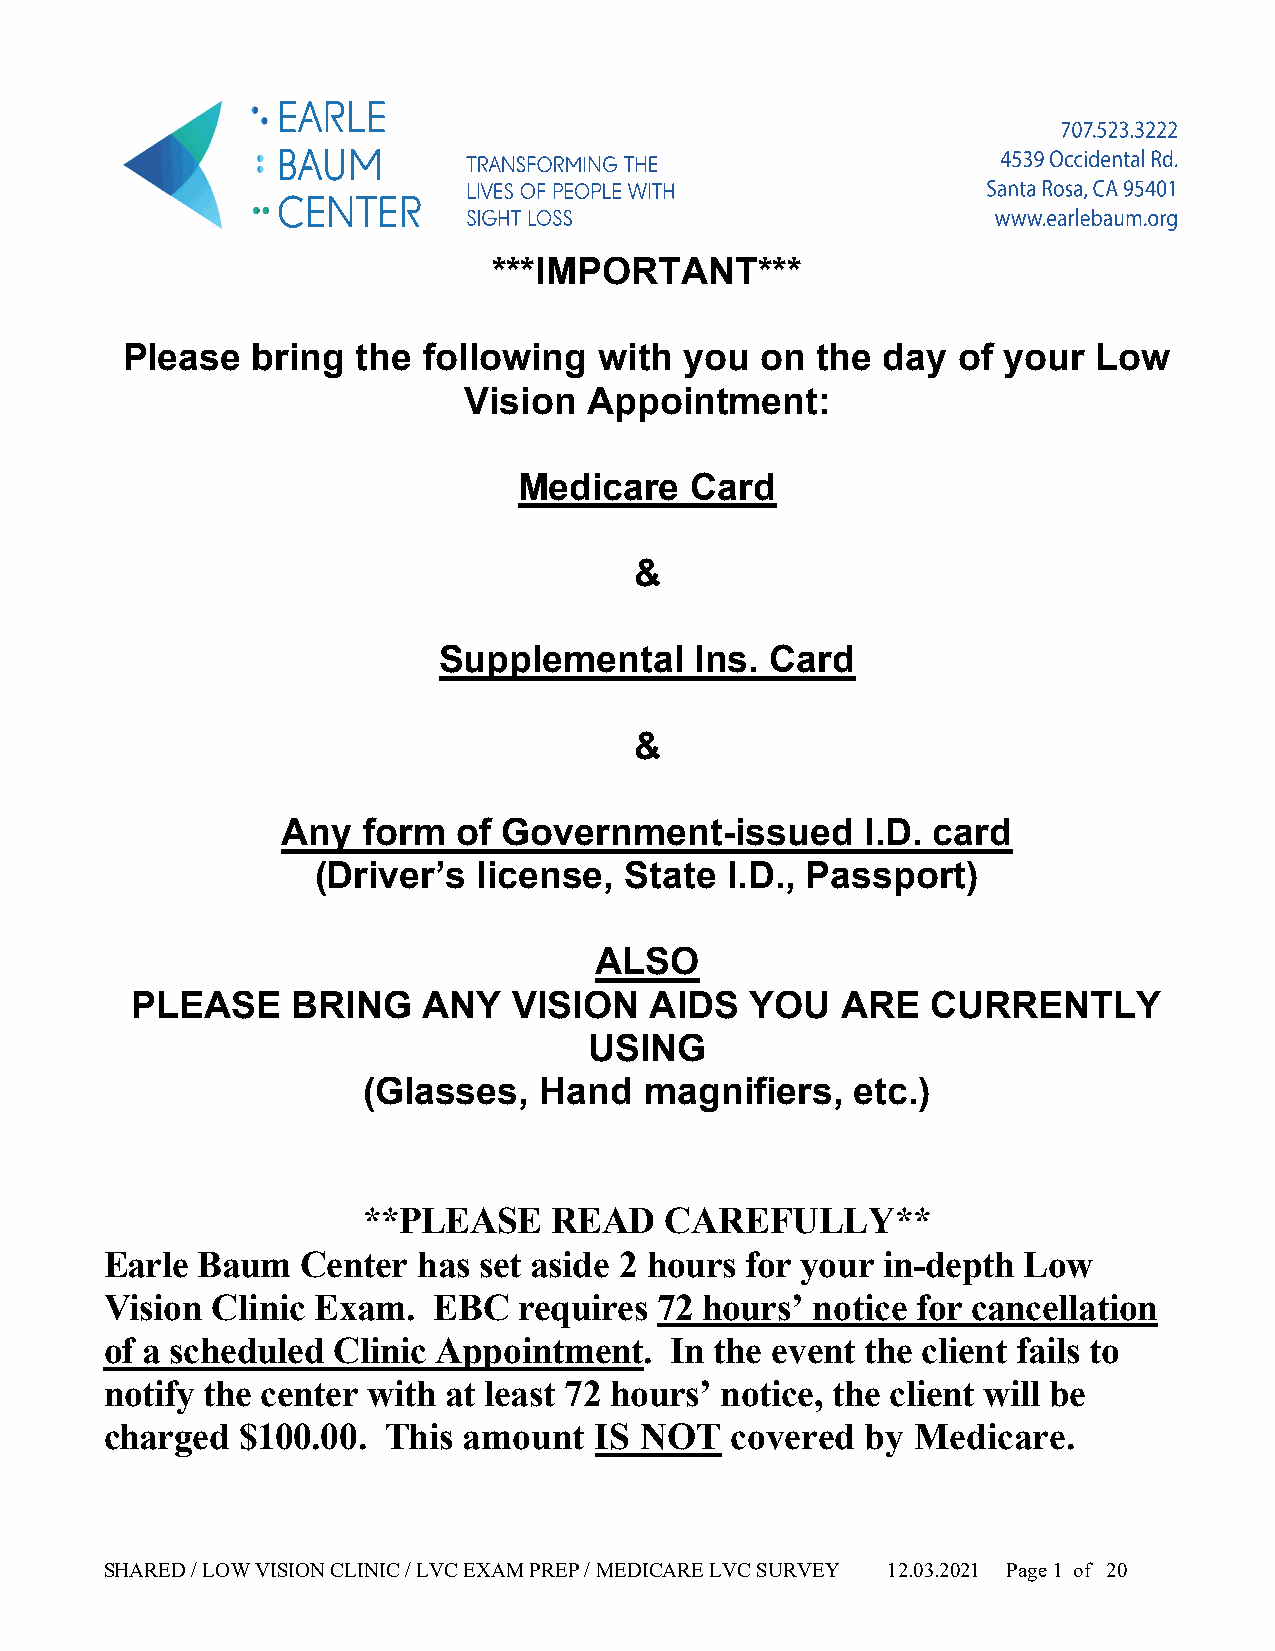
***IMPORTANT***
 Please   bring  the following   with you  on  the day  of your   Low
 Vision  Appointment:
 Medicare    Card
 &
 Supplemental     Ins. Card
 &
 Any  form  of Government-issued       I.D. card
 (Driver’s  license, State  I.D., Passport)
 ALSO
 PLEASE    BRING    ANY   VISION   AIDS   YOU   ARE   CURRENTLY
 USING
 (Glasses,   Hand   magnifiers,   etc.)
 **PLEASE     READ   CAREFULLY**
 Earle Baum   Center  has set aside 2 hours for your in-depth Low
 Vision Clinic Exam.   EBC  requires  72 hours’ notice for cancellation
 of a scheduled Clinic Appointment.   In the event the client fails to
 notify the center with at least 72 hours’ notice, the client will be
 charged  $100.00. This  amount  IS NOT   covered  by  Medicare.
 SHARED / LOW VISION CLINIC / LVC EXAM PREP / MEDICARE LVC SURVEY 12.03.2021 Page 1 of 20